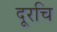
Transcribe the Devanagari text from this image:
दूरचि